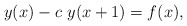
\begin{align*}y(x)-c~y(x+1)=f(x),\end{align*}